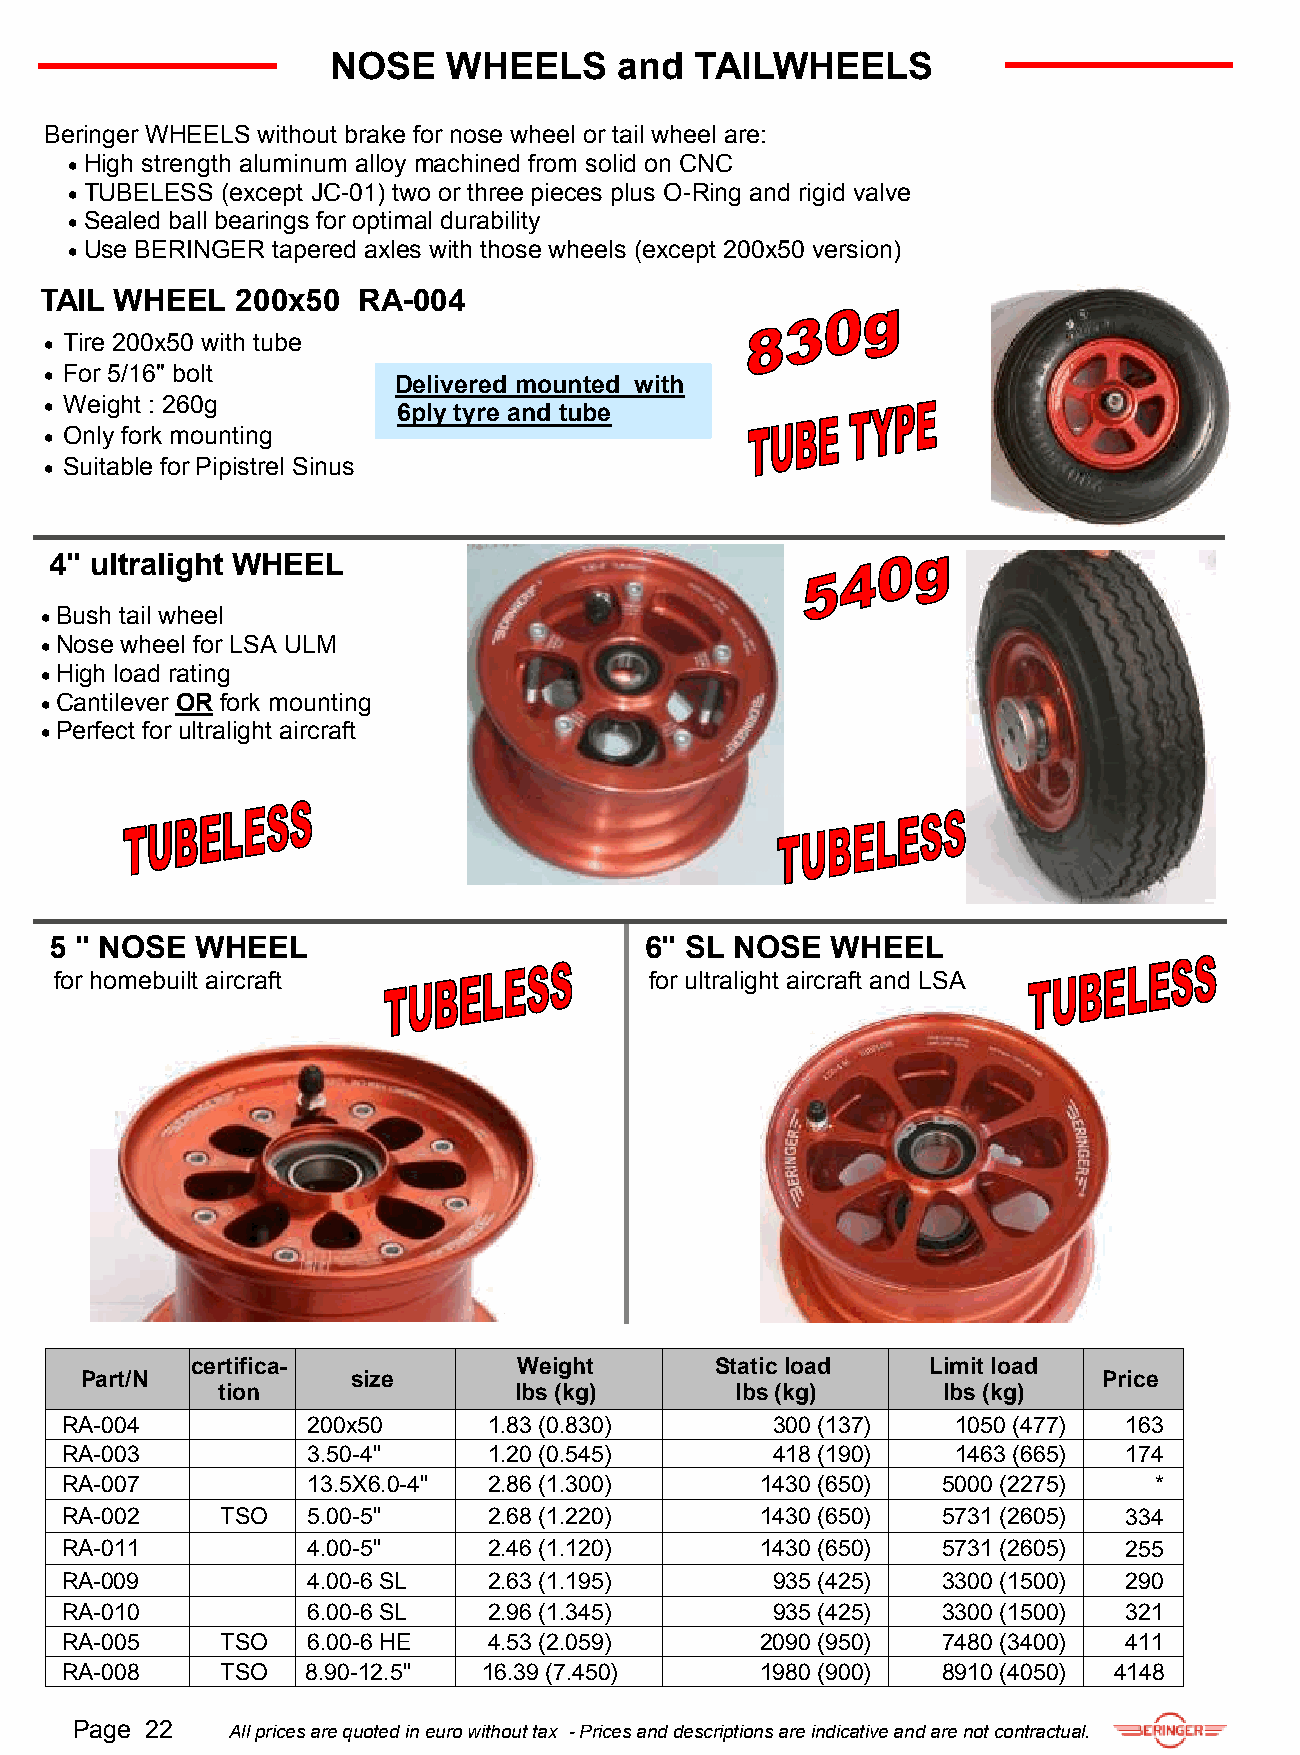
NOSE    WHEELS     and  TAILWHEELS
 Beringer WHEELS without brake for nose wheel or tail wheel are:
  High strength aluminum alloy machined from solid on CNC
  TUBELESS (except JC-01) two or three pieces plus O-Ring and rigid valve
  Sealed ball bearings for optimal durability
  Use BERINGER tapered axles with those wheels (except 200x50 version)
 TAIL WHEEL   200x50  RA-004
  Tire 200x50 with tube
  For 5/16" bolt
 Delivered mounted with
  Weight : 260g        6ply tyre and tube
  Only fork mounting
  Suitable for Pipistrel Sinus
 4" ultralight WHEEL
  Bush tail wheel
  Nose wheel for LSA ULM
  High load rating
  Cantilever OR fork mounting
  Perfect for ultralight aircraft
 5 " NOSE  WHEEL                         6" SL NOSE  WHEEL
 for homebuilt aircraft                 for ultralight aircraft and LSA
 certifica-           Weight       Static load   Limit load
 Part/N            size                                              Price
 tion                lbs (kg)       lbs (kg)     lbs (kg)
 RA-004          200x50      1.83 (0.830)       300 (137)   1050 (477) 163
 RA-003          3.50-4"     1.20 (0.545)       418 (190)   1463 (665) 174
 RA-007          13.5X6.0-4" 2.86 (1.300)      1430 (650)  5000 (2275)   *
 RA-002     TSO  5.00-5"     2.68 (1.220)      1430 (650)  5731 (2605) 334
 RA-011          4.00-5"     2.46 (1.120)      1430 (650)  5731 (2605) 255
 RA-009          4.00-6 SL   2.63 (1.195)       935 (425)  3300 (1500) 290
 RA-010          6.00-6 SL   2.96 (1.345)       935 (425)  3300 (1500) 321
 RA-005     TSO  6.00-6 HE   4.53 (2.059)      2090 (950)  7480 (3400) 411
 RA-008     TSO  8.90-12.5"  16.39 (7.450)     1980 (900)  8910 (4050) 4148
 Page 22   All prices are quoted in euro without tax - Prices and descriptions are indicative and are not contractual.